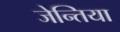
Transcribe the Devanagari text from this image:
जेन्तिया